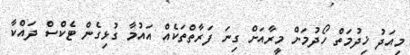
މިއަދު ޚިދުމަތް ހޯދުމަށް މީރާއަށް ގިނަ ފަރާތްތަކެއް އައުމާ ގުޅިގެން ޓެކްސް ދައްކާ